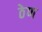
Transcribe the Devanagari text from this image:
ठेण